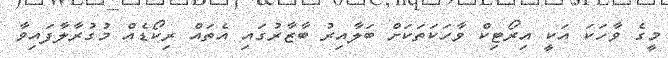
މީގެ ވާހަކަ އަކީ އިރޯޓިކް ވާހަކަތަކަށް ބަލާއިރު ބާޒާރުގައި އެތައް ރިކޯޑެއް މުގުރާލާފައިވާ